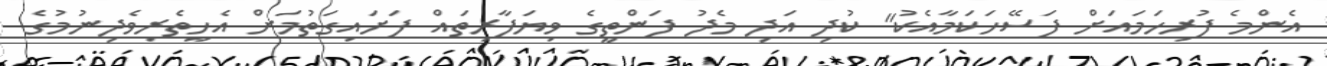
އެންމެ ފުރިހަމައަށް ފަސޭހަކަމާއެކު" ކުދި އަދި މެދު ފަންތީގެ ވިޔަފާރިތައް ފަށައިގަތުމަށް އެހީތެރިވެދިނުމުގެ